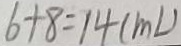
6 + 8 = 1 4 ( m L )